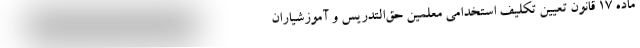
ماده ۱۷ قانون تعیین تکلیف استخدامی معلمین حق‌التدریس و آموزشیاران